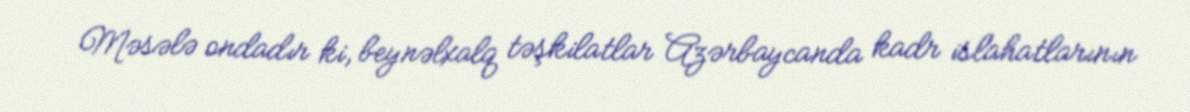
Məsələ ondadır ki, beynəlxalq təşkilatlar Azərbaycanda kadr islahatlarının